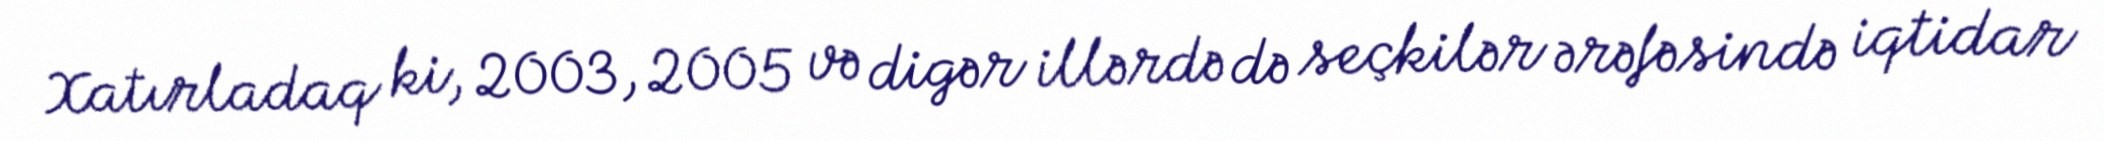
Xatırladaq ki, 2003, 2005 və digər illərdə də seçkilər ərəfəsində iqtidar